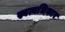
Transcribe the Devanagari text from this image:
स्वत्वधिकार